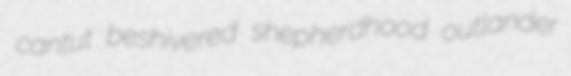
cantut beshivered shepherdhood outlander